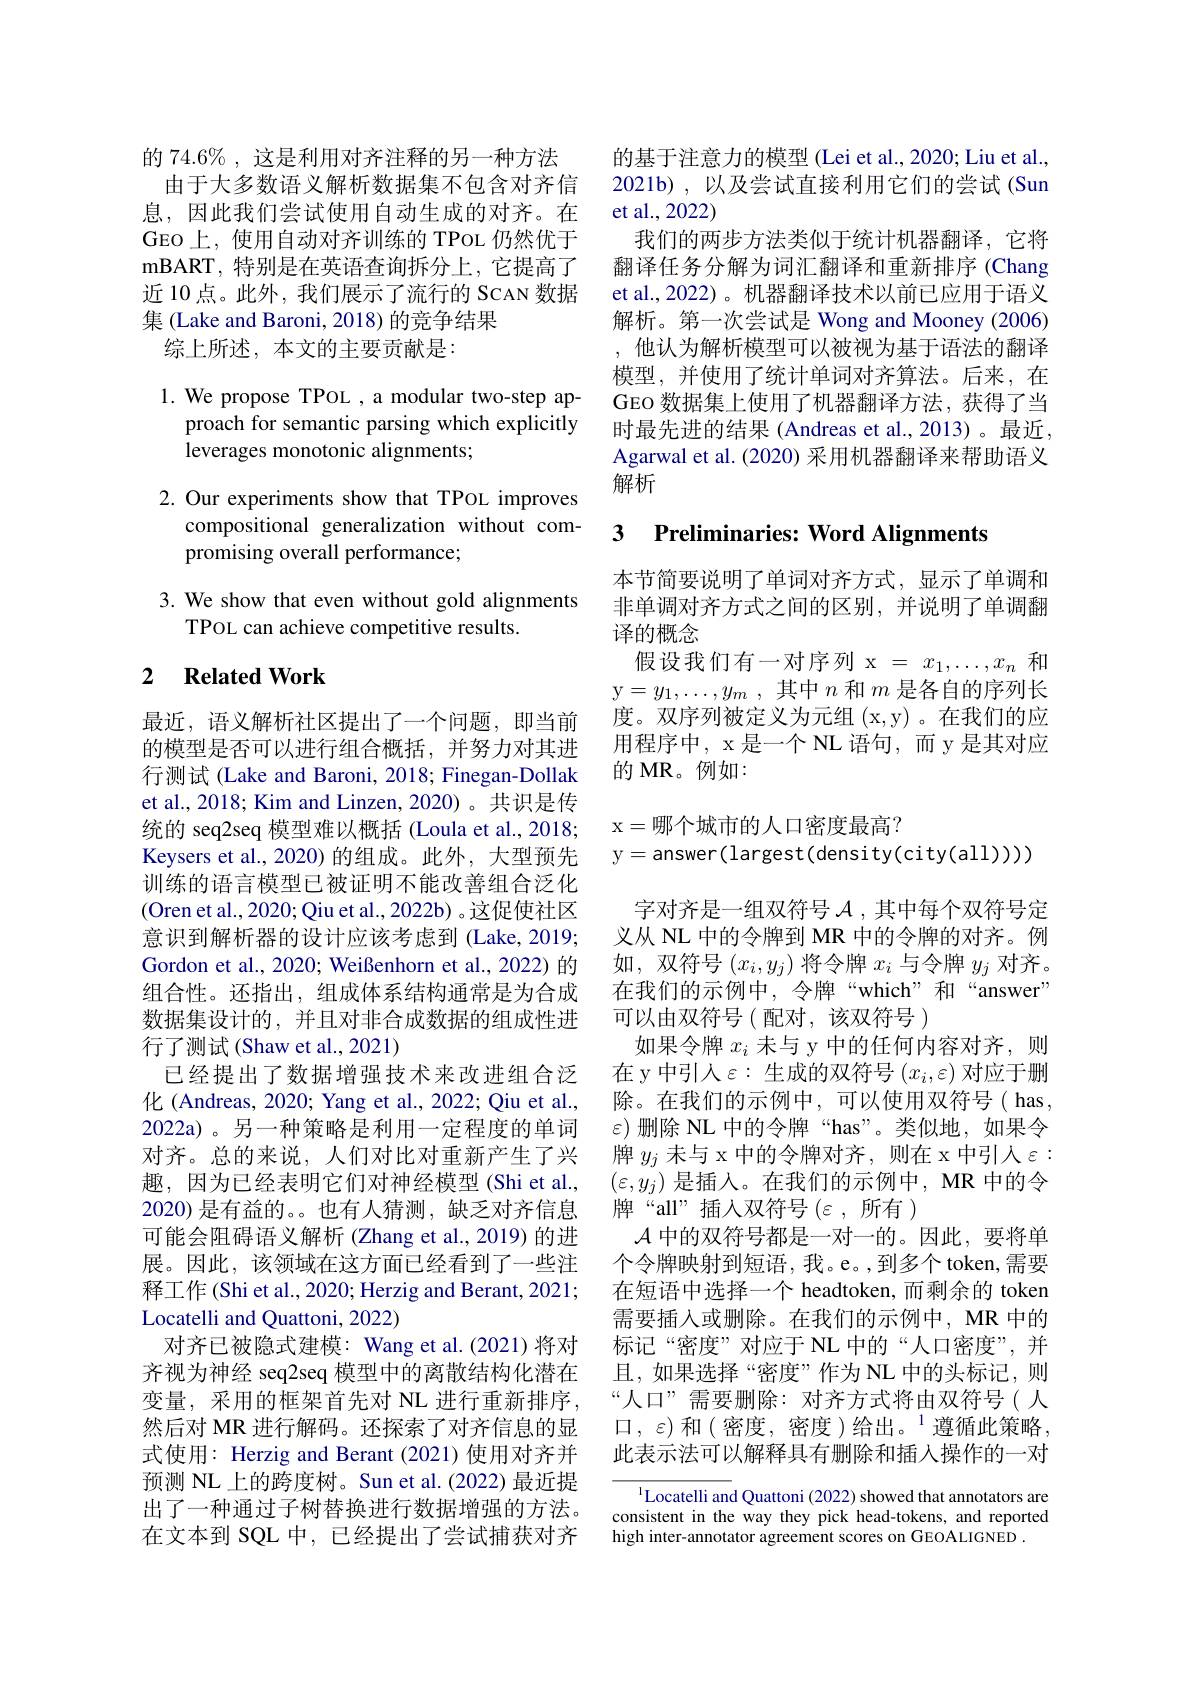
的 74.6% , 这是利用对齐注释的另一种方法
由于大多数语义解析数据集不包含对齐信息，因此我们尝试使用自动生成的对齐。在GEO上，使用自动对齐训练的 TPOL 仍然优于mBART, 特别是在英语查询拆分上，它提高了近 10点。此外，我们展示了流行的 SCAN 数据集 (Lake and Baroni, 2018) 的竞争结果
综上所述，本文的主要贡献是：

1. We propose TPOL , a modular two-step ap-
proach for semantic parsing which explicitly
leverages monotonic alignments;

2. Our experiments show that TPoL improves
compositional generalization without com-
promising overall performance;

3. We show that even without gold alignments
TPOL can achieve competitive results.

### 2 $\textbf{Related Work}$

最近，语义解析社区提出了一个问题，即当前的模型是否可以进行组合概括，并努力对其进行测试 (Lake and Baroni, 2018; Finegan-Dollak et al., 2018; Kim and Linzen, 2020)。共识是传统的 seq2seq 模型难以概括 (Loula et al., 2018; Keysers et al., 2020) 的组成。此外，大型预先训练的语言模型已被证明不能改善组合泛化(Oren et al., 2020; Qiu et al., 2022b) 。这促使社区意识到解析器的设计应该考虑到 (Lake,2019; Gordon et al., 2020; Weißenhorn et al., 2022) 的组合性。还指出，组成体系结构通常是为合成数据集设计的，并且对非合成数据的组成性进行了测试(Shaw et al., 2021)
已经提出了数据增强技术来改进组合泛化 (Andreas, 2020; Yang et al., 2022; Qiu et al., 2022a)。另一种策略是利用一定程度的单词对齐。总的来说，人们对比对重新产生了兴趣，因为已经表明它们对神经模型(Shi et al., 2020)是有益的。。也有人猜测，缺乏对齐信息可能会阻碍语义解析 (Zhang et al., 2019) 的进展。因此，该领域在这方面已经看到了一些注释工作 (Shi et al., 2020; Herzig and Berant, 2021; Locatelli and Quattoni, 2022)
对齐已被隐式建模：Wang et al.(2021)将对齐视为神经 seq2seq 模型中的离散结构化潜在变量，采用的框架首先对 NL 进行重新排序， 然后对 MR 进行解码。还探索了对齐信息的显式使用：Herzig and Berant (2021) 使用对齐并预测 NL 上的跨度树。Sun et al.(2022) 最近提出了一种通过子树替换进行数据增强的方法。在文本到 SQL 中，已经提出了尝试捕获对齐

的基于注意力的模型 (Lei et al., 2020; Liu et al., 2021b) ,以及尝试直接利用它们的尝试(Sun et al.,2022)
我们的两步方法类似于统计机器翻译，它将翻译任务分解为词汇翻译和重新排序 (Chang et al.,2022)。机器翻译技术以前已应用于语义解析。第一次尝试是 Wong and Mooney (2006) ,他认为解析模型可以被视为基于语法的翻译模型，并使用了统计单词对齐算法。后来，在GEO 数据集上使用了机器翻译方法，获得了当时最先进的结果 (Andreas et al., 2013)。最近， Agarwal et al. (2020) 采用机器翻译来帮助语义解析

## 3 Preliminaries: Word Alignments

本节简要说明了单词对齐方式，显示了单调和非单调对齐方式之间的区别，并说明了单调翻译的概念
假设我们有一对序列 x = $x_1,\ldots,x_n$和y$=y_1,\ldots,y_m$ ,其中$n$和$m$是各自的序列长度。双序列被定义为元组 (x,y)。在我们的应用程序中，x 是一个 NL 语句，而 y 是其对应的 MR。例如：

x=哪个城市的人口密度最高？
y= answer( largest( density( city( all) ) ) )
字对齐是一组双符号$\mathcal{A}$,其中每个双符号定义从 NL 中的令牌到 MR 中的令牌的对齐。例如，双符号$(x_i,y_j)$将令牌$x_i$与令牌$y_j$对齐。在我们的示例中，令牌“which”和“answer” 可以由双符号(配对，该双符号 )
如果令牌$x_i$未与 y 中的任何内容对齐，则在 y 中引入$\varepsilon:$生成的双符号$(x_i,\varepsilon)$对应于删除。在我们的示例中，可以使用双符号(has, $\varepsilon)$删除 NL 中的令牌“has”。类似地，如果令牌$y_j$未与 x 中的令牌对齐，则在 x 中引入$\varepsilon:$ $(\varepsilon,y_j)$是插人。在我们的示例中，MR 中的令牌“all”插入双符号($\varepsilon,所有)$
$\mathcal{A}$中的双符号都是一对一的。因此，要将单个令牌映射到短语，我。e。,到多个 token,需要在短语中选择一个 headtoken,而剩余的 token 需要插入或删除。在我们的示例中，MR 中的标记“密度”对应于 NL 中的“人口密度”,并且，如果选择“密度”作为 NL 中的头标记，则“人口”需要删除：对齐方式将由双符号(人口，$\varepsilon$)和$\left(\text{密度，密度)给出。}^1\text{遵循此策略},\right]$ 此表示法可以解释具有删除和插入操作的一对
Locatelli and Quattoni (2022) showed that annotators are

consistent in the way they pick head-tokens, and reported
high inter-annotator agreement scores on GEOALIGNED .